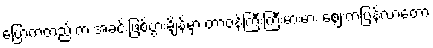
ပြောကတည်းက အခင်းဖြစ်ပွားချိန်မှာ တာဝန်ကြီးကြီးမားမား ဈေးကပြန်လာတော့